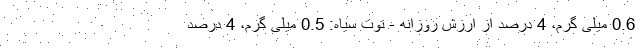
0.6 میلی گرم، 4 درصد از ارزش روزانه - توت سیاه: 0.5 میلی گرم، 4 درصد